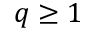
q \geq 1